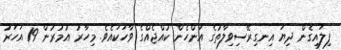
ފިލައިގެން ދިޔަ އިނގިރޭސިވިލާތުގެ އަންހެން ކުއްޖެއްގެ ވާހަކައެވެ. މިހާރު އުމުރުން 19 އަހަރު